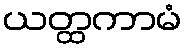
ယတ္ထကာမံ